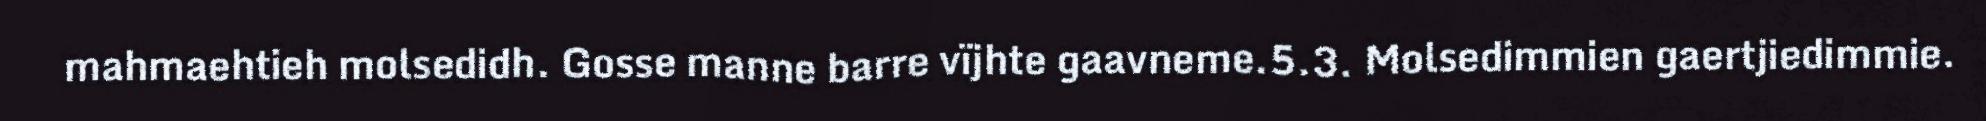
mahmaehtieh molsedidh. Gosse manne barre vïjhte gaavneme.5.3. Molsedimmien gaertjiedimmie.